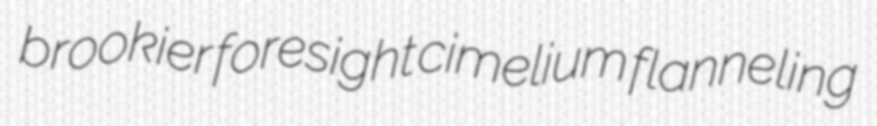
brookier foresight cimelium flanneling